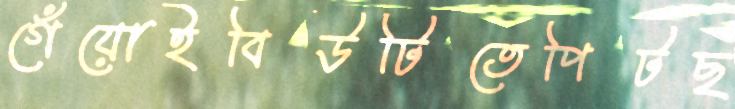
গেঁয়োইবিউটিতেপিটছ